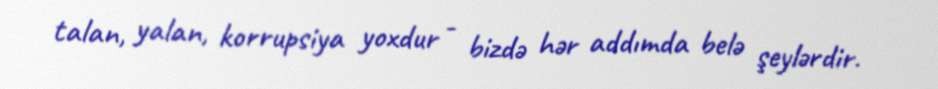
talan, yalan, korrupsiya yoxdur - bizdə hər addımda belə şeylərdir.